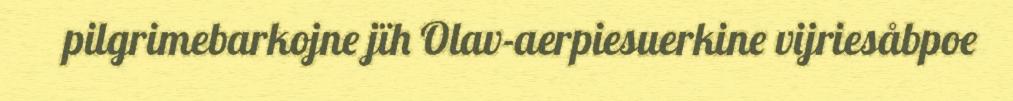
pilgrimebarkojne jïh Olav-aerpiesuerkine vijriesåbpoe